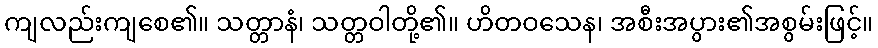
ကျလည်းကျစေ၏။ သတ္တာနံ၊ သတ္တဝါတို့၏။ ဟိတဝသေန၊ အစီးအပွား၏အစွမ်းဖြင့်။